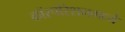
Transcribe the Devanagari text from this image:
कॉरपोरेशनमध्ये